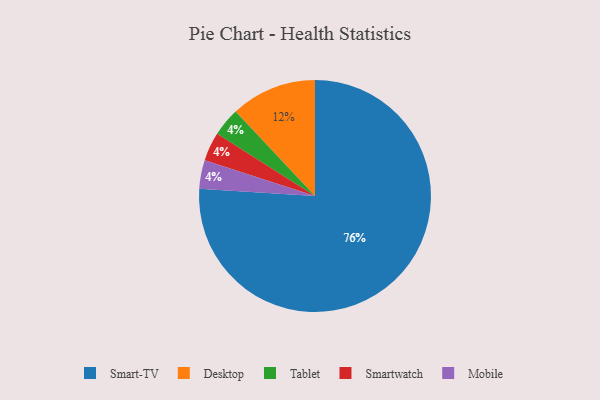
{"axis": {"x": "Category", "y": "Percentage"}, "legend": ["Desktop", "Mobile", "Smart-TV", "Smartwatch", "Tablet"], "data": [{"x": "Smart-TV", "y": 76, "type": "Smart-TV"}, {"x": "Tablet", "y": 4, "type": "Tablet"}, {"x": "Smartwatch", "y": 4, "type": "Smartwatch"}, {"x": "Desktop", "y": 12, "type": "Desktop"}, {"x": "Mobile", "y": 4, "type": "Mobile"}]}